Civil Veterinary Department Bihar & Orissa reports 1929-36 - 1929-1936
Year: 1929
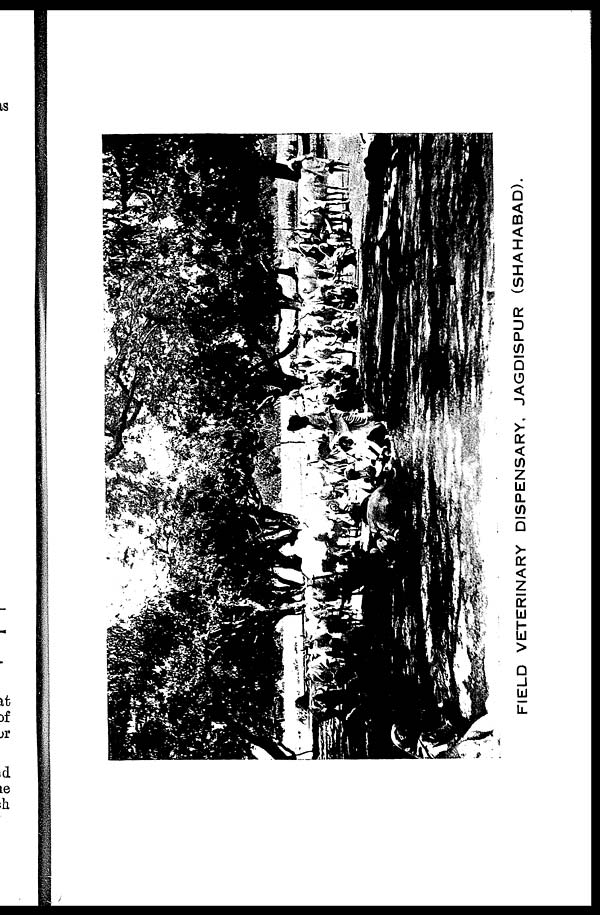
FIELD VETERINARY DISPENSARY, JAGD1SPUR (SHAHABAD).